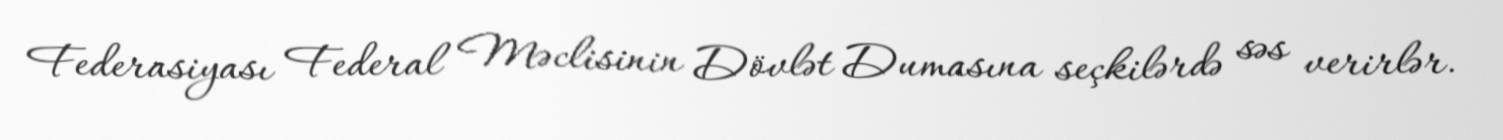
Federasiyası Federal Məclisinin Dövlət Dumasına seçkilərdə səs verirlər.